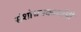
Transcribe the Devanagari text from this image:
संशोधनकर्त्याची